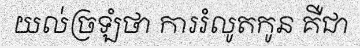
យល់ច្រឡំថា ការរំលូតកូន គឺជា